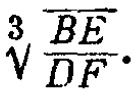
\(\sqrt[3]{\frac{BE}{DF}}\)